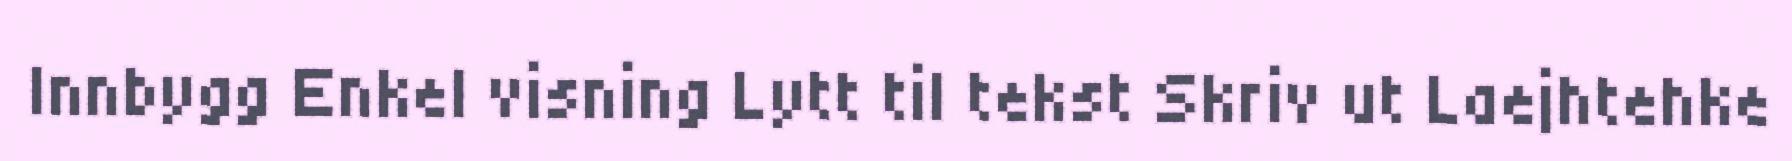
Innbygg Enkel visning Lytt til tekst Skriv ut Laejhtehke